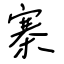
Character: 寨